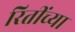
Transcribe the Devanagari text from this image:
रितींच्या